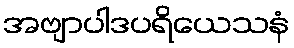
အဗျာပါဒပရိယေသနံ